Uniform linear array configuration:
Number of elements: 16
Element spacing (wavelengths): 0.75
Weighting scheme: hann
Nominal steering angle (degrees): -60
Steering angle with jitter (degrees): -61.16
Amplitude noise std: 0.05
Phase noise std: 0.05

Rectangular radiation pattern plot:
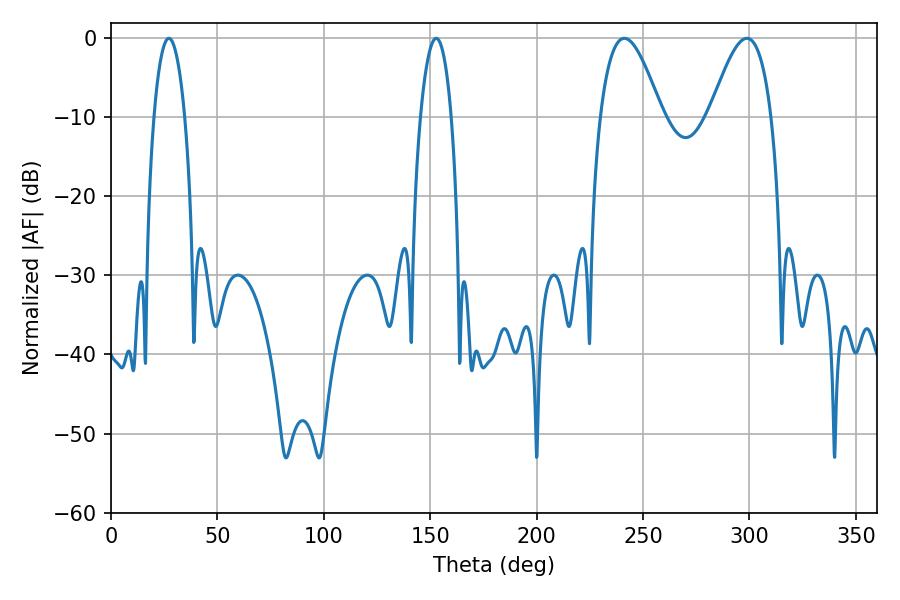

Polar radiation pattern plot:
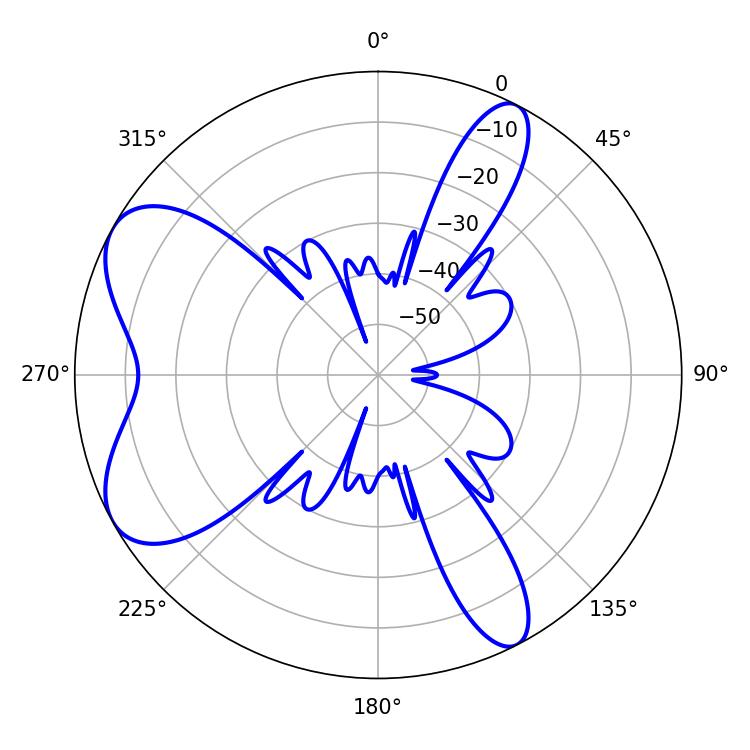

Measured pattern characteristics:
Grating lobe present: TRUE
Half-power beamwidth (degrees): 15.66
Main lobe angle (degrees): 241.2